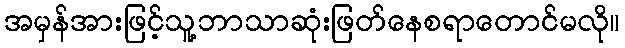
အမှန်အားဖြင့်သူ့ဘာသာဆုံးဖြတ်နေစရာတောင်မလို။